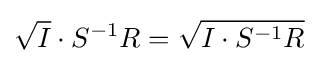
{\sqrt {I}}\cdot S^{-1}R={\sqrt {I\cdot S^{-1}R}}